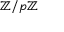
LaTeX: \mathbb { Z } / p \mathbb { Z }